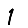
Digit: 1